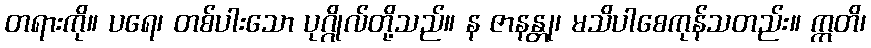
တရားကို။ ပရေ၊ တစ်ပါးသော ပုဂ္ဂိုလ်တို့သည်။ န ဇာနန္တု၊ မသိပါစေကုန်သတည်း။ ဣတိ၊